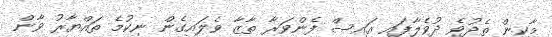
މާކިން ތެދުވެ ދުވެލާފައި އައިސް ފެންވަރާ ތާޒާ ވެލައިގެން ނިކުމެ ތައްޔާރު ވާން